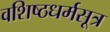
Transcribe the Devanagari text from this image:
वशिष्ठधर्मसूत्र